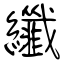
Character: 纖